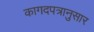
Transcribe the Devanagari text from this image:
कागदपत्रानुसार